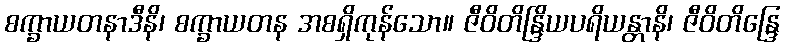
စက္ခာယတနာဒီနိ၊ စက္ခာယတန အစရှိကုန်သော။ ဇီဝိတိန္ဒြိယပရိယန္တာနိ၊ ဇီဝိတိန္ဒြေ